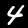
Label: 4